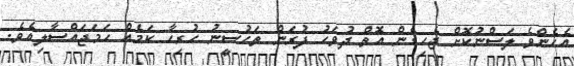
އެހެންވެ ލަސްނުކޮށް ޖެހިގެން އޮތް ދުވަހު ފުރަން ތަހުސީނު ހުރިހާ ކަމެއް ހަމަޖައްސާލިއެވެ.